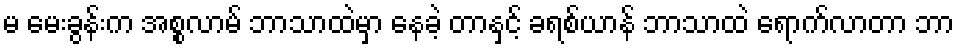
မ မေးခွန်းက အစ္စလာမ် ဘာသာထဲမှာ နေခဲ့ တာနှင့် ခရစ်ယာန် ဘာသာထဲ ရောက်လာတာ ဘာ